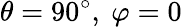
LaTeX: \theta=90^{\circ},~\varphi=0